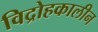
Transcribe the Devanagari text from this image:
विद्रोहकालीन